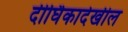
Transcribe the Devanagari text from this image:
दीर्घिकादेखील